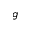
g